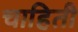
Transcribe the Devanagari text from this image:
चाहिती